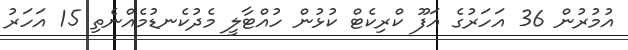
އުމުރުން 36 އަހަރުގެ އަފޫ ކްރިކެޓް ކުޅުން ހުއްޓާލީ މެދުކެނޑުމެއްނެތި 15 އަހަރު